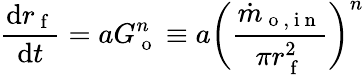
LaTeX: \frac{\mathrm{d}r_{\mathrm{~f~}}}{\mathrm{d}t}=aG_{\mathrm{~o~}}^{n}\equiv a\bigg(\frac{\dot{m}_{\mathrm{~o~,~i~n~}}}{\pi r_{\mathrm{~f~}}^{2}}\bigg)^{n}